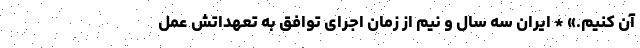
آن کنیم.» * ایران سه سال و نیم از زمان اجرای توافق به تعهداتش عمل